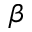
\beta